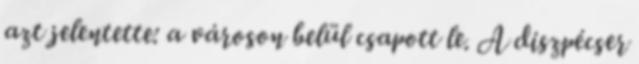
azt jelentette: a városon belül csapott le. A diszpécser